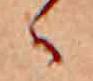
ゝ